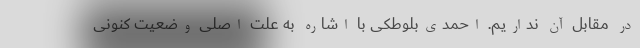
در مقابل آن نداریم. احمدی‌بلوطکی با اشاره به علت اصلی وضعیت کنونی